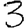
Digit: 3